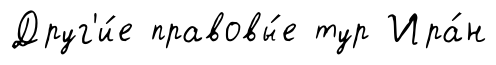
Друг'и́е правовы́е тур Ира́н